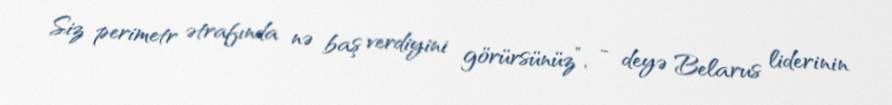
Siz perimetr ətrafında nə baş verdiyini görürsünüz”, - deyə Belarus liderinin